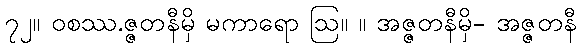
၇၂။ ဝစဿ.ဇ္ဇတနီမှိ မကာရော ဩ။ ။ အဇ္ဇတနီမှိ- အဇ္ဇတနီ